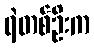
ရဲတစ်ဦးက